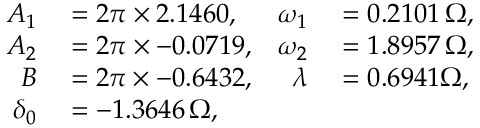
\begin{array} { r l r l } { A _ { 1 } } & { { } = 2 \pi \times 2 . 1 4 6 0 , } & { \omega _ { 1 } } & { { } = 0 . 2 1 0 1 \, \Omega , } \\ { A _ { 2 } } & { { } = 2 \pi \times - 0 . 0 7 1 9 , } & { \omega _ { 2 } } & { { } = 1 . 8 9 5 7 \, \Omega , } \\ { B } & { { } = 2 \pi \times - 0 . 6 4 3 2 , } & { \lambda } & { { } = 0 . 6 9 4 1 \Omega , } \\ { \delta _ { 0 } } & { { } = - 1 . 3 6 4 6 \, \Omega , } \end{array}